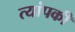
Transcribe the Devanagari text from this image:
त्यांपकी